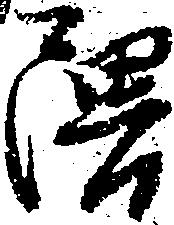
隈